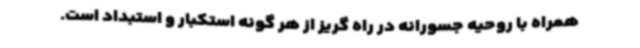
همراه با روحیه جسورانه در راه گریز از هر گونه استکبار و استبداد است.